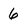
Character: 6